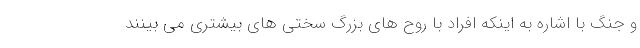
و جنگ با اشاره به اینکه افراد با روح های بزرگ سختی های بیشتری می بینند